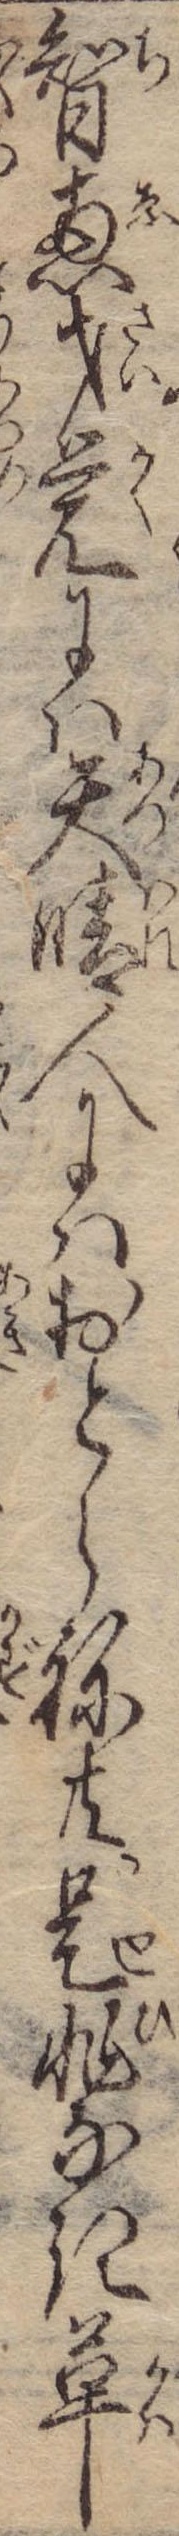
智恵才覚には天晴人にはおとらね共是非なき革